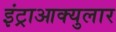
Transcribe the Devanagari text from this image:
इंट्राआक्युलार